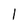
Character: l